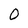
Character: 0